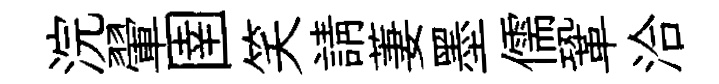
浣翬圉笑請萋墨儒鞏洽